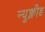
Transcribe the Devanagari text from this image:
न्युक्लीड